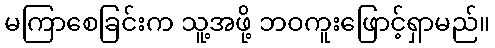
မကြာစေခြင်းက သူ့အဖို့ ဘဝကူးဖြောင့်ရှာမည်။